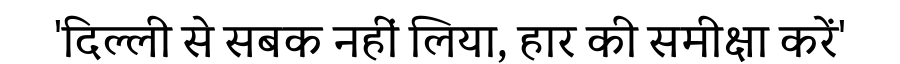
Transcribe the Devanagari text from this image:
'दिल्ली से सबक नहीं लिया, हार की समीक्षा करें'